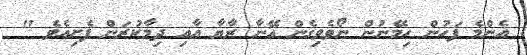
އެންމެ ފަހުން ހިމޭނުން ނޯވެވިގެން އޭނާ ރާޔާ އާއި ދިމާކުރަން ފެށިއެވެ "